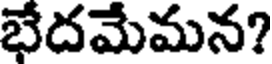
భేదమేమన?